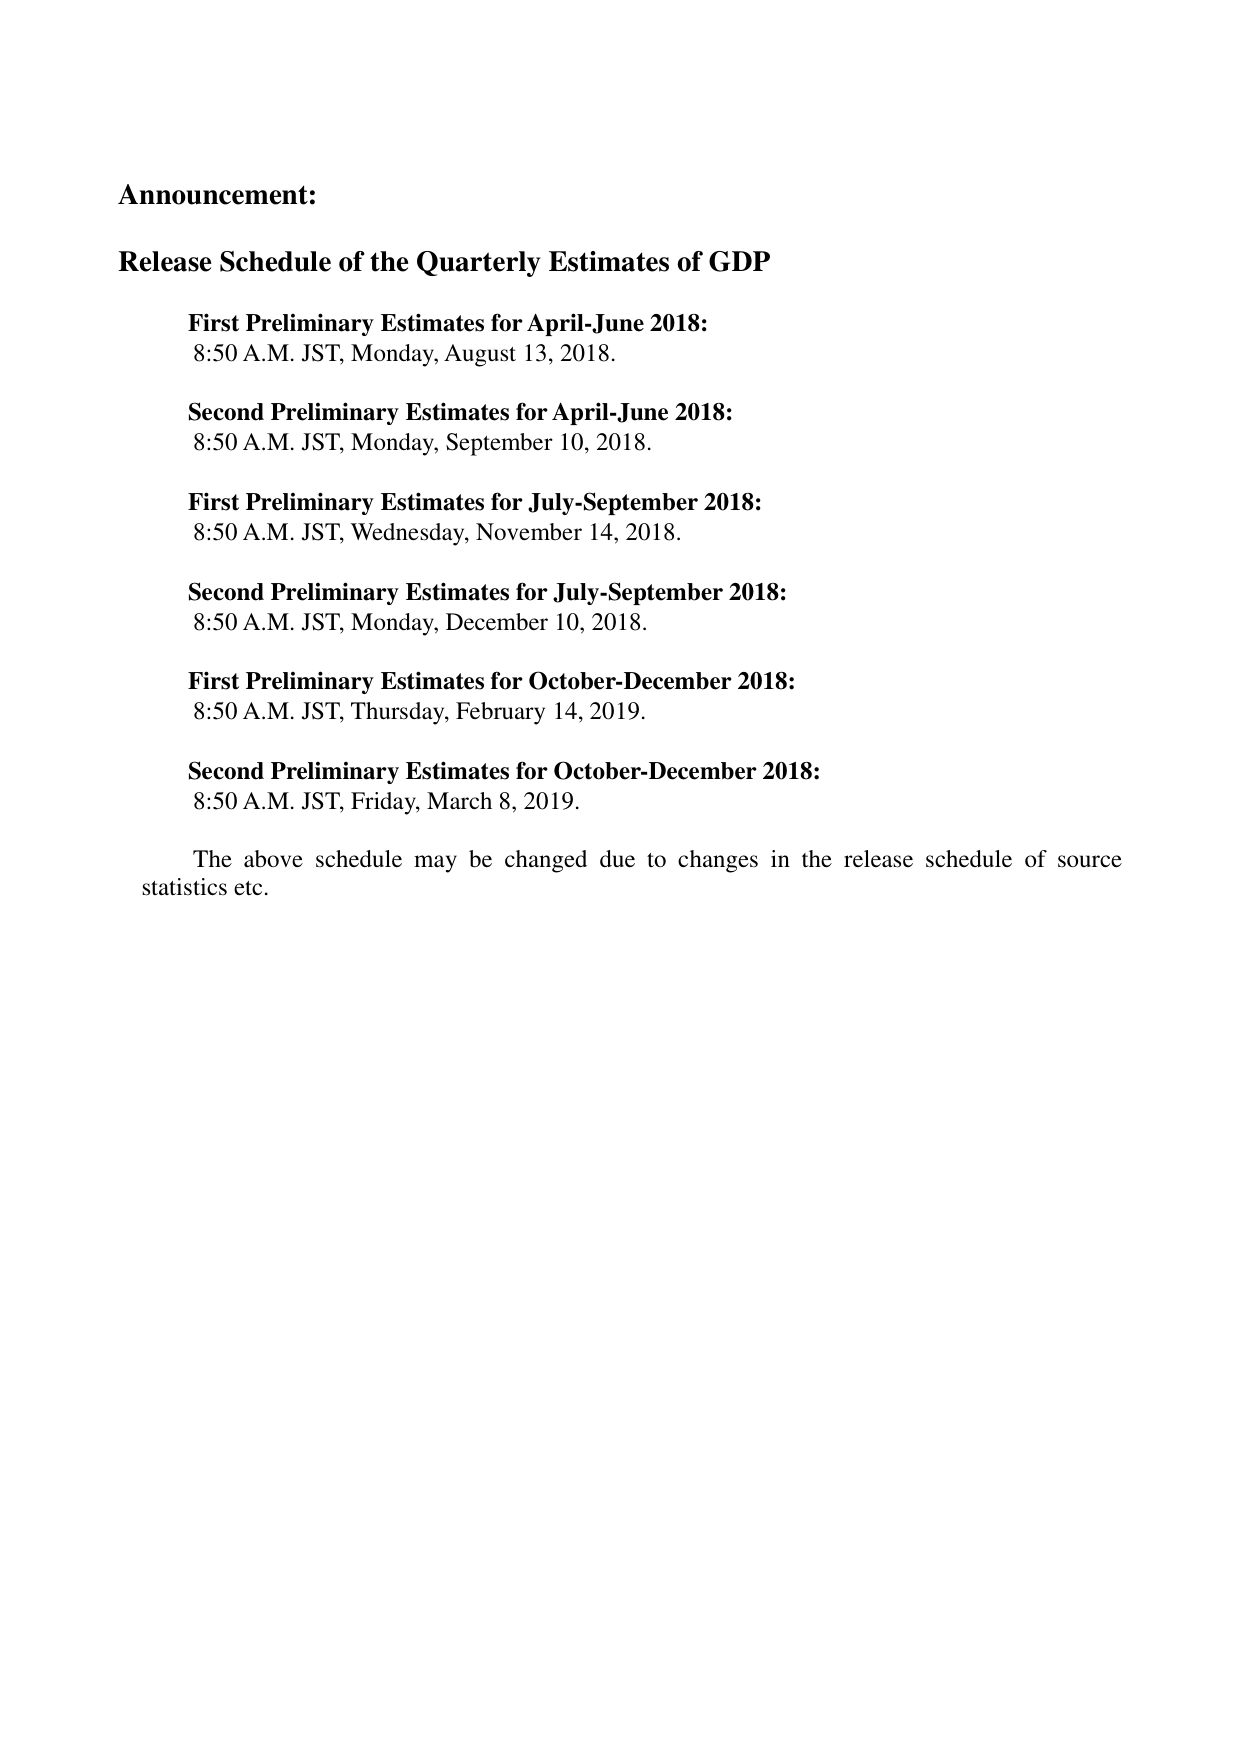
Announcement:

Release Schedule of the Quarterly Estimates of GDP

First Preliminary Estimates for April-June 2018:
8:50 A.M. JST, Monday, August 13, 2018.

Second Preliminary Estimates for April-June 2018:
8:50 A.M. JST, Monday, September 10, 2018.

First Preliminary Estimates for July-September 2018:
8:50 A.M. JST, Wednesday, November 14, 2018.

Second Preliminary Estimates for July-September 2018:
8:50 A.M. JST, Monday, December 10, 2018.

First Preliminary Estimates for October-December 2018:
8:50 A.M. JST, Thursday, February 14, 2019.

Second Preliminary Estimates for October-December 2018:
8:50 A.M. JST, Friday, March 8, 2019.

The above schedule may be changed due to changes in the release schedule of source statistics etc.